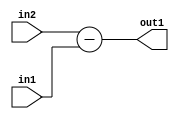
`timescale 1ps / 1ps
/*****************************************************************************
    Verilog RTL Description
    
    
    Created by: Stratus DpOpt 2019.1.01 
*******************************************************************************/

module st_feature_addr_gen_Sub_16Ux1U_17S_4 (
	in2,
	in1,
	out1
	); /* architecture "behavioural" */ 
input [15:0] in2;
input  in1;
output [16:0] out1;
wire [16:0] asc001;

assign asc001 = 
	+(in2)
	-(in1);

assign out1 = asc001;
endmodule

/* CADENCE  ubH5Sgo= : u9/ySgnWtBlWxVPRXgAZ4Og= ** DO NOT EDIT THIS LINE ******/